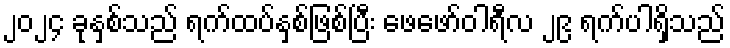
၂၀၂၄ ခုနှစ်သည် ရက်ထပ်နှစ်ဖြစ်ပြီး ဖေဖော်ဝါရီလ ၂၉ ရက်ပါရှိသည်